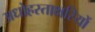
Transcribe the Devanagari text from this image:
अधोहस्ताक्षरियों